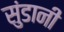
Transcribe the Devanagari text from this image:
सुंडानी